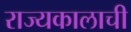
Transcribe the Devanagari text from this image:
राज्यकालाची